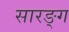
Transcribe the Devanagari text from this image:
सारङ्ग